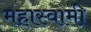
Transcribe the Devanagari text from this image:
महास्वामी